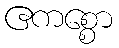
ဧကစ္စော